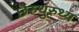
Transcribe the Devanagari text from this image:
छेरुथुरुथ्य